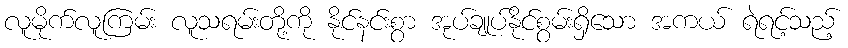
လူမိုက်လူကြမ်း လူသရမ်းတို့ကို နိုင်နင်းစွာ အုပ်ချုပ်နိုင်စွမ်းရှိသော အကယ် ရဲရင့်သည့်